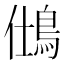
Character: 𪀆